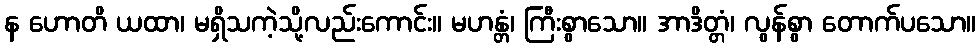
န ဟောတိ ယထာ၊ မရှိသကဲ့သို့လည်းကောင်း။ မဟန္တံ၊ ကြီးစွာသော။ အာဒိတ္တံ၊ လွန်စွာ တောက်ပသော။